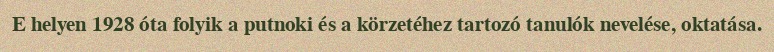
E helyen 1928 óta folyik a putnoki és a körzetéhez tartozó tanulók nevelése, oktatása.